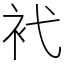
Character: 䘝